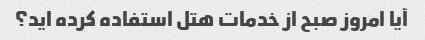
آیا امروز صبح از خدمات هتل استفاده کرده اید؟